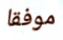
موفقا